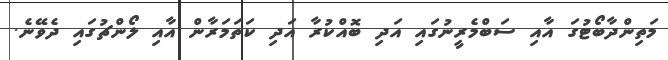
މަތިންދާބޯޓުގަ އާއި ސަބްމެރީނުގައި އަދި ބޮއްކުރާ އަދި ކަތަމަރާން އާއި ލޯންޗުގައި ދެވޭނެ.